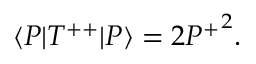
\langle P | T ^ { + + } | P \rangle = 2 { P ^ { + } } ^ { 2 } .